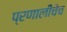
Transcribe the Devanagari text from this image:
प्रणालीचेच